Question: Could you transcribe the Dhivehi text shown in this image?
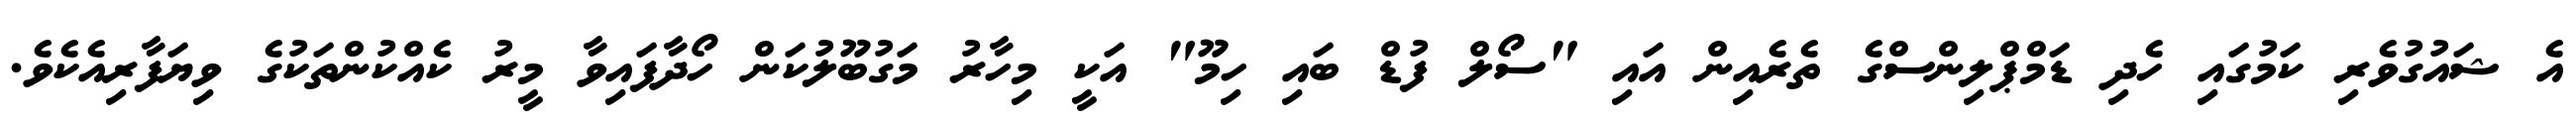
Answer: އެ ޝައުގުވެރި ކަމުގައި ހެދި ޑަމްޕްލިންސްގެ ތެރެއިން އައި "ސޯލް ފުޑް ބައި ހިމޫ" އަކީ މިހާރު މަގުބޫލުކަން ހޯދާފައިވާ މީރު ކެއްކުންތަކުގެ ވިޔަފާރިއެކެވެ.